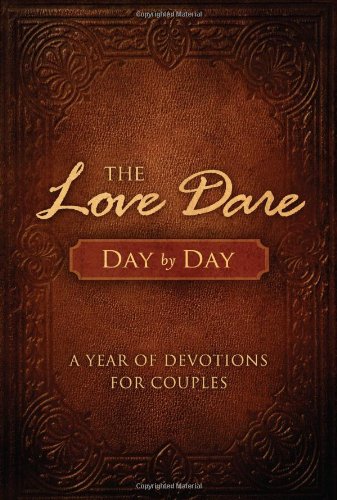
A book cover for The Love Dare Day by Day: A Year of Devotions for Couples; Stephen Kendrick; Christian Books & Bibles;